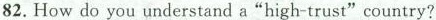
82. How do you understand a “high trust"country?